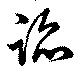
謟